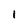
Character: l